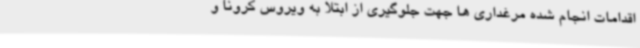
اقدامات انجام شده مرغداری ها جهت جلوگیری از ابتلا به ویروس کرونا و